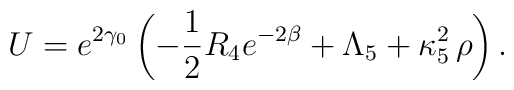
U = e^{2 \gamma_0} \left( -\frac12R_4 e^{-2\beta} + \Lambda_5 + \kappa^2_5\, \rho \right).